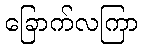
ခြောက်လကြာ